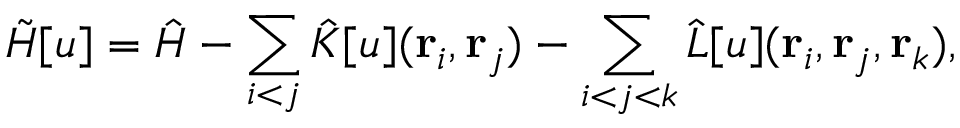
\tilde { H } [ u ] = \hat { H } - \sum _ { i < j } \hat { K } [ u ] ( { \mathbf { r } _ { i } } , { \mathbf { r } _ { j } } ) - \sum _ { i < j < k } \hat { L } [ u ] ( { \mathbf { r } _ { i } } , { \mathbf { r } _ { j } } , { \mathbf { r } _ { k } } ) ,